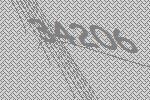
34206